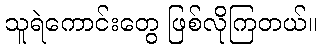
သူရဲကောင်းတွေ ဖြစ်လိုကြတယ်။